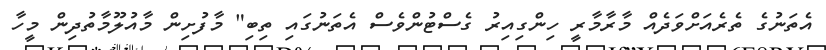
އެތަނުގެ ތެރެއަށްވަދެއް މާރާމާރީ ހިންގިއިރު ގެސްޓުންވެސް އެތަނުގައި ތިބި" މާފުށިން މާއުލޫމާތުދިން މީހާ